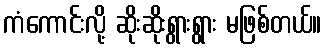
ကံကောင်းလို့ ဆိုးဆိုးရွားရွား မဖြစ်တယ်။